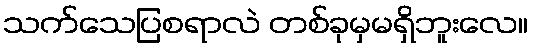
သက်သေပြစရာလဲ တစ်ခုမှမရှိဘူးလေ။